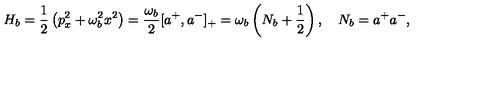
H _ { b } = \frac { 1 } { 2 } \left( p _ { x } ^ { 2 } + \omega _ { b } ^ { 2 } x ^ { 2 } \right) = \frac { \omega _ { b } } { 2 } [ a ^ { + } , a ^ { - } ] _ { + } = \omega _ { b } \left( N _ { b } + \frac { 1 } { 2 } \right) , \quad N _ { b } = a ^ { + } a ^ { - } ,